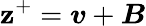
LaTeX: \mathbf{z}^{+}=\boldsymbol{v}+\boldsymbol{B}